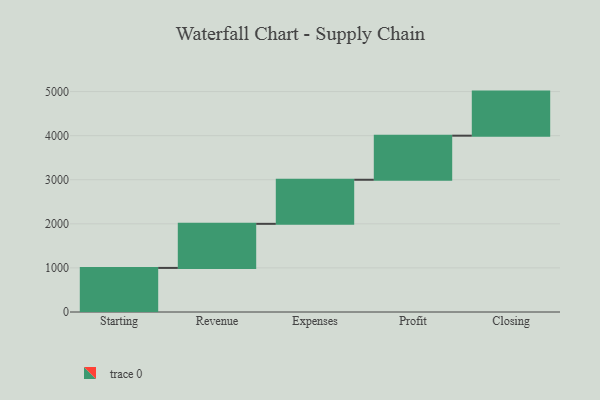
{"axis": {"x": "Step", "y": "Value"}, "legend": [""], "data": [{"x": "Starting", "y": 1000, "type": ""}, {"x": "Revenue", "y": 1000, "type": ""}, {"x": "Expenses", "y": 1000, "type": ""}, {"x": "Profit", "y": 1000, "type": ""}, {"x": "Closing", "y": 1000, "type": ""}]}